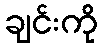
ချင်းကို